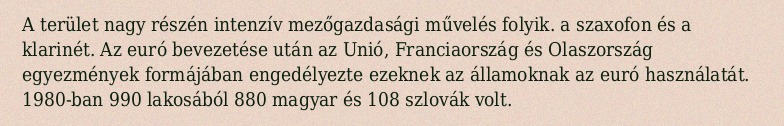
A terület nagy részén intenzív mezőgazdasági művelés folyik. a szaxofon és a klarinét. Az euró bevezetése után az Unió, Franciaország és Olaszország egyezmények formájában engedélyezte ezeknek az államoknak az euró használatát. 1980-ban 990 lakosából 880 magyar és 108 szlovák volt.